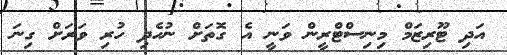
އަދި ޓޫރިޒަމް މިނިސްޓްރީން ވަނީ އެ ގޮތަށް ނުހެދި ހުރި ވަރަށް ގިނަ